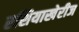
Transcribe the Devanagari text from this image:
रशियाखेरीज